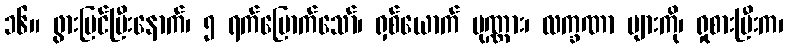
၁၆။ ဖွားမြင်ပြီးနောက်၊ ၅ ရက်မြောက်သော်၊ ရှစ်ယောက် ပုဏ္ဏား၊ လက္ခဏာ များကို၊ ရှုစားပြီးက၊